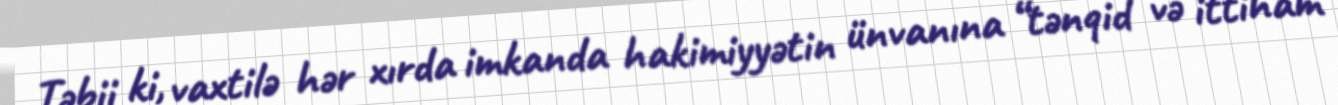
Təbii ki, vaxtilə hər xırda imkanda hakimiyyətin ünvanına “tənqid və ittiham